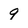
Character: 9